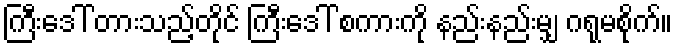
ကြီးဒေါ် တားသည့်တိုင် ကြီးဒေါ် စကားကို နည်းနည်းမျှ ဂရုမစိုက်။